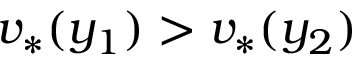
v _ { * } ( y _ { 1 } ) > v _ { * } ( y _ { 2 } )